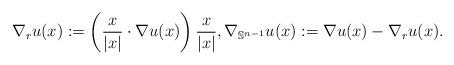
LaTeX: \begin{align*}\nabla_ru(x):=\left(\frac{x}{|x|}\cdot \nabla u(x)\right)\frac{x}{|x|},\nabla_{\mathbb{S}^{n-1}}u(x):=\nabla u(x)-\nabla_r u(x).\end{align*}